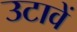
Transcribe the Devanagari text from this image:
उटावें